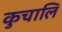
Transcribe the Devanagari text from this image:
कुचालि